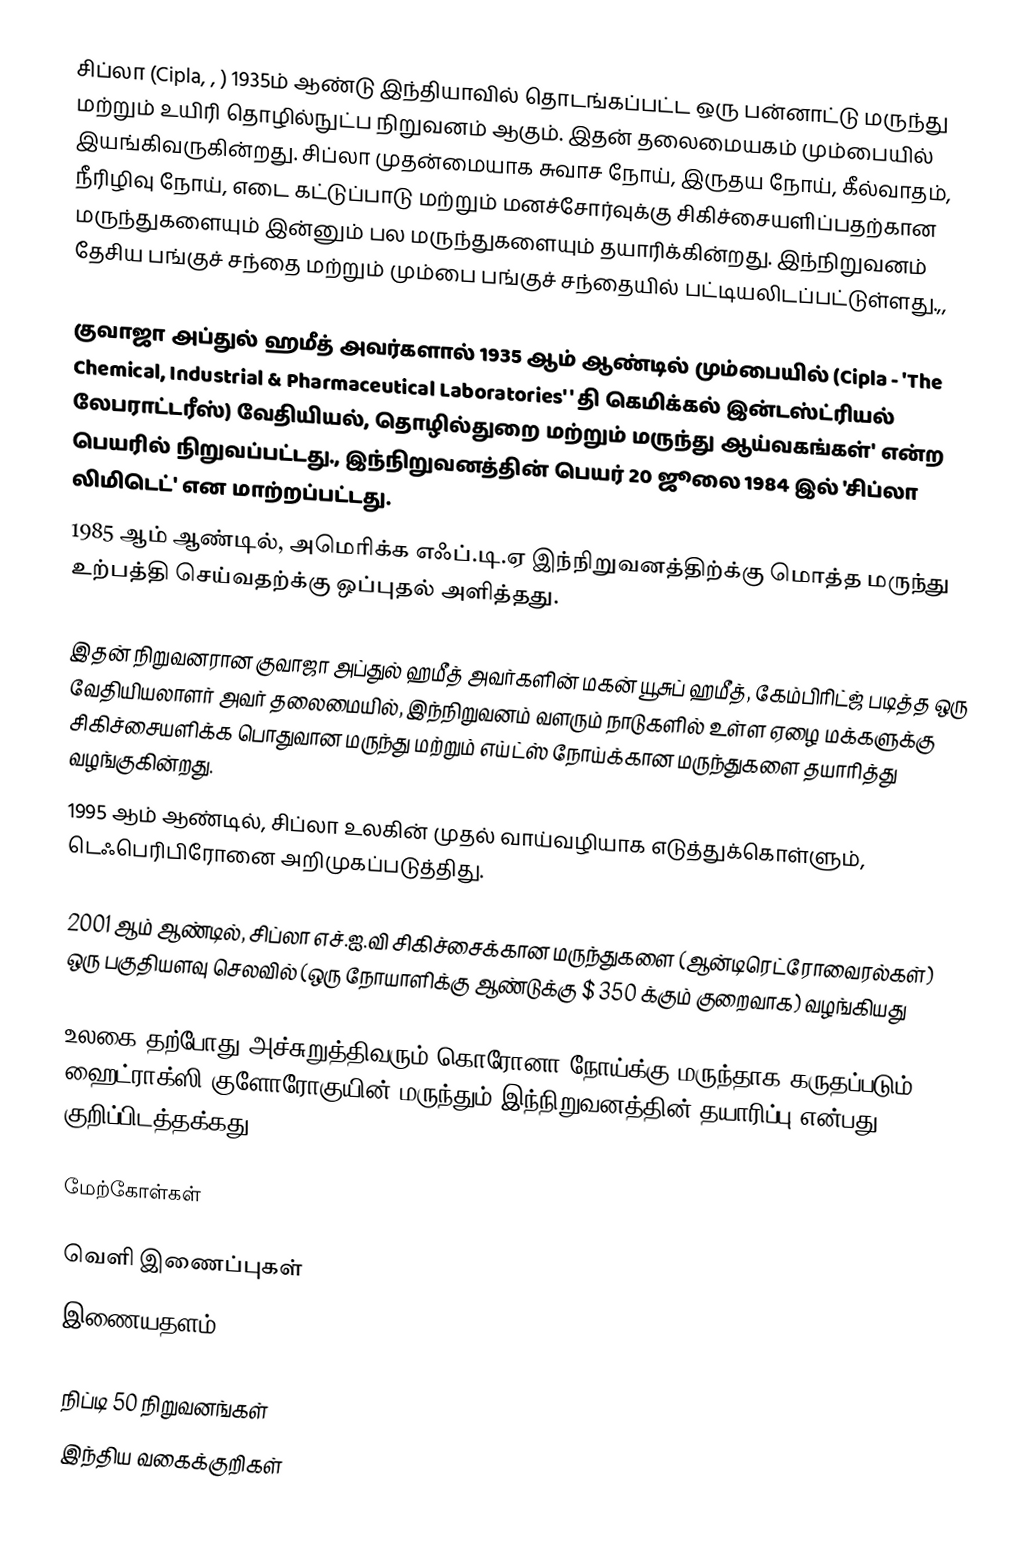
சிப்லா (Cipla, , ) 1935ம் ஆண்டு இந்தியாவில் தொடங்கப்பட்ட ஒரு பன்னாட்டு மருந்து மற்றும் உயிரி தொழில்நுட்ப நிறுவனம் ஆகும். இதன் தலைமையகம் மும்பையில் இயங்கிவருகின்றது. சிப்லா முதன்மையாக சுவாச நோய், இருதய நோய், கீல்வாதம், நீரிழிவு நோய், எடை கட்டுப்பாடு மற்றும் மனச்சோர்வுக்கு சிகிச்சையளிப்பதற்கான மருந்துகளையும் இன்னும் பல மருந்துகளையும் தயாரிக்கின்றது. இந்நிறுவனம் தேசிய பங்குச் சந்தை மற்றும் மும்பை பங்குச் சந்தையில் பட்டியலிடப்பட்டுள்ளது.,,

குவாஜா அப்துல் ஹமீத் அவர்களால் 1935 ஆம் ஆண்டில் மும்பையில் (Cipla - 'The Chemical, Industrial & Pharmaceutical Laboratories' ' தி கெமிக்கல் இன்டஸ்ட்ரியல் லேபராட்டரீஸ்) வேதியியல், தொழில்துறை மற்றும் மருந்து ஆய்வகங்கள்' என்ற பெயரில் நிறுவப்பட்டது., இந்நிறுவனத்தின் பெயர் 20 ஜூலை 1984 இல் 'சிப்லா லிமிடெட்' என மாற்றப்பட்டது.
1985 ஆம் ஆண்டில், அமெரிக்க எஃப்.டி.ஏ இந்நிறுவனத்திற்க்கு மொத்த மருந்து உற்பத்தி செய்வதற்க்கு ஒப்புதல் அளித்தது.

இதன் நிறுவனரான குவாஜா அப்துல் ஹமீத் அவர்களின் மகன் யூசுப் ஹமீத், கேம்பிரிட்ஜ் படித்த ஒரு வேதியியலாளர் அவர் தலைமையில், இந்நிறுவனம் வளரும் நாடுகளில் உள்ள ஏழை மக்களுக்கு சிகிச்சையளிக்க பொதுவான மருந்து மற்றும் எய்ட்ஸ் நோய்க்கான மருந்துகளை தயாரித்து வழங்குகின்றது.
1995 ஆம் ஆண்டில், சிப்லா உலகின் முதல் வாய்வழியாக எடுத்துக்கொள்ளும், டெஃபெரிபிரோனை அறிமுகப்படுத்திது.

2001 ஆம் ஆண்டில், சிப்லா எச்.ஐ.வி சிகிச்சைக்கான மருந்துகளை (ஆன்டிரெட்ரோவைரல்கள்) ஒரு பகுதியளவு செலவில் (ஒரு நோயாளிக்கு ஆண்டுக்கு $ 350 க்கும் குறைவாக) வழங்கியது

உலகை தற்போது அச்சுறுத்திவரும் கொரோனா நோய்க்கு மருந்தாக கருதப்படும் ஹைட்ராக்ஸி குளோரோகுயின் மருந்தும் இந்நிறுவனத்தின் தயாரிப்பு என்பது குறிப்பிடத்தக்கது.

மேற்கோள்கள்

வெளி இணைப்புகள்
இணையதளம்

நிப்டி 50 நிறுவனங்கள்
இந்திய வகைக்குறிகள்